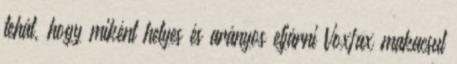
tehát, hogy miként helyes és arányos eljárni Voxfax makacsul